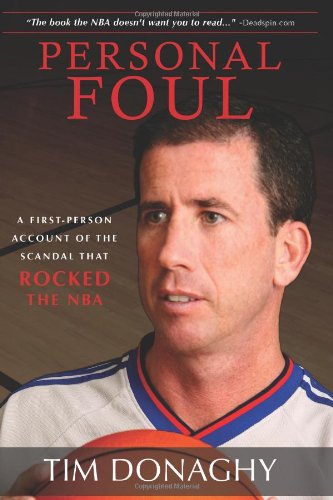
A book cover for Personal Foul: A First-Person Account of the Scandal That Rocked the NBA; Tim Donaghy; Sports & Outdoors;